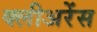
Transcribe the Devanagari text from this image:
क्लीअरेंस